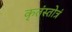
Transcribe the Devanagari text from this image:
कृतंस्तोत्रं